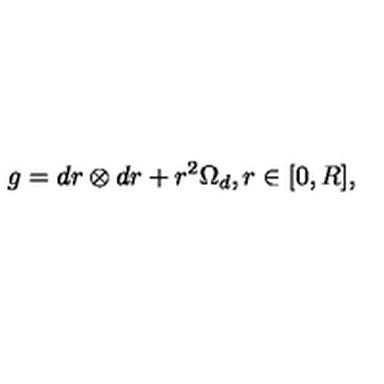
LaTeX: g = d r \otimes d r + r ^ { 2 } \Omega _ { d } , r \in [ 0 , R ] ,